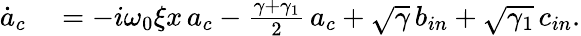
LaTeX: \begin{array}{rl}{\dot{a}_{c}}&{{}=-i\omega_{0}\xi x\, a_{c}-\frac{\gamma+\gamma_{1}}{2}\, a_{c}+\sqrt{\gamma}\, b_{in}+\sqrt{\gamma_{1}}\, c_{in}.}\end{array}